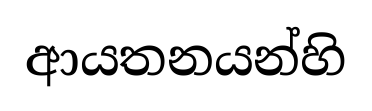
ආයතනයන්හි